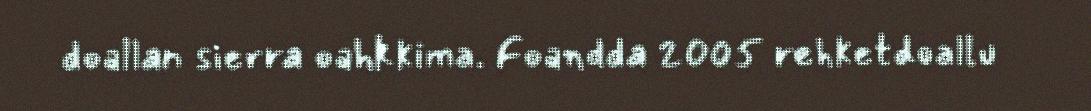
doallan sierra oahkkima. Foandda 2005 rehketdoallu